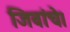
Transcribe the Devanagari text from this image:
जिवांचे।